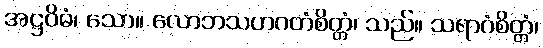
အဋ္ဌဝိဓံ၊ သော။ လောဘသဟဂတံစိတ္တံ၊ သည်။ သရာဂံစိတ္တံ၊